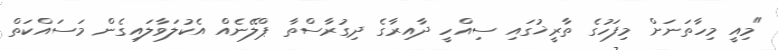
"މިއީ މިހާތަނަށް މިފަހުގެ ތާރީޚުގައި ސިއްހީ ދާއިރާގެ ދިގުރާސްތާ ޕްލޭނެއް އެކުލަވާލައިގެން މަސައްކަތް